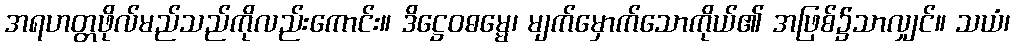
အရဟတ္တဖိုလ်မည်သည်ကိုလည်းကောင်း။ ဒိဋ္ဌေဝဓမ္မေ၊ မျက်မှောက်သောကိုယ်၏ အဖြစ်၌သာလျှင်။ သယံ၊